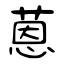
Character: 蒽